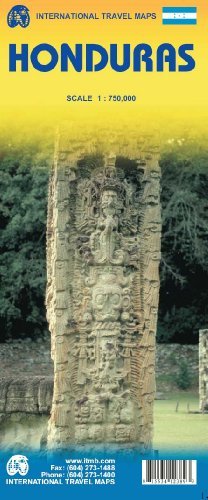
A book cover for Honduras Map (Travel Reference Map); Hannes Krause; Travel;